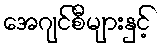
အေဂျင်စီများနှင့်